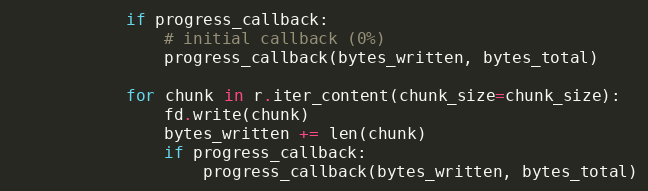
Language: Python
            if progress_callback:
                # initial callback (0%)
                progress_callback(bytes_written, bytes_total)

            for chunk in r.iter_content(chunk_size=chunk_size):
                fd.write(chunk)
                bytes_written += len(chunk)
                if progress_callback:
                    progress_callback(bytes_written, bytes_total)